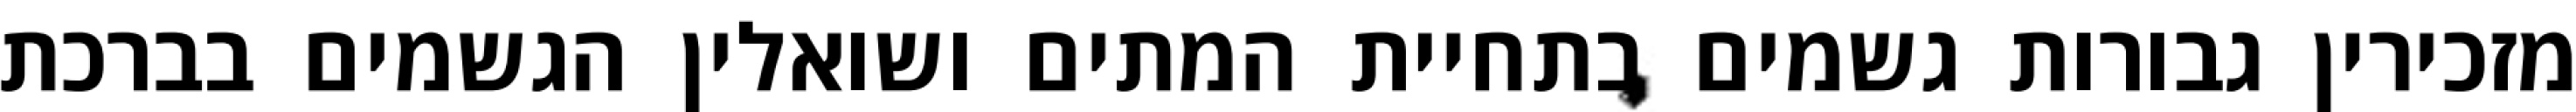
מזכירין גבורות גשמים בתחיית המתים ושואלין הגשמים בברכת